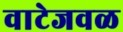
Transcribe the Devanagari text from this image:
वाटेजवळ